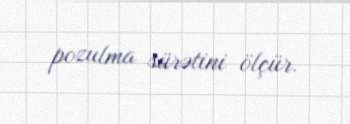
pozulma sürətini ölçür.